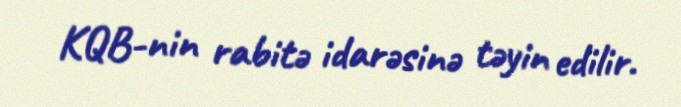
KQB-nin rabitə idarəsinə təyin edilir.